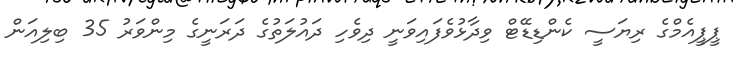
ޕީޕީއެމްގެ ރިޔަސީ ކެންޑިޑޭޓް ވިދާޅުވެފައިވަނީ ދިވެހި ދައުލަތުގެ ދަރަނީގެ މިންވަރު 35 ބިލިއަން